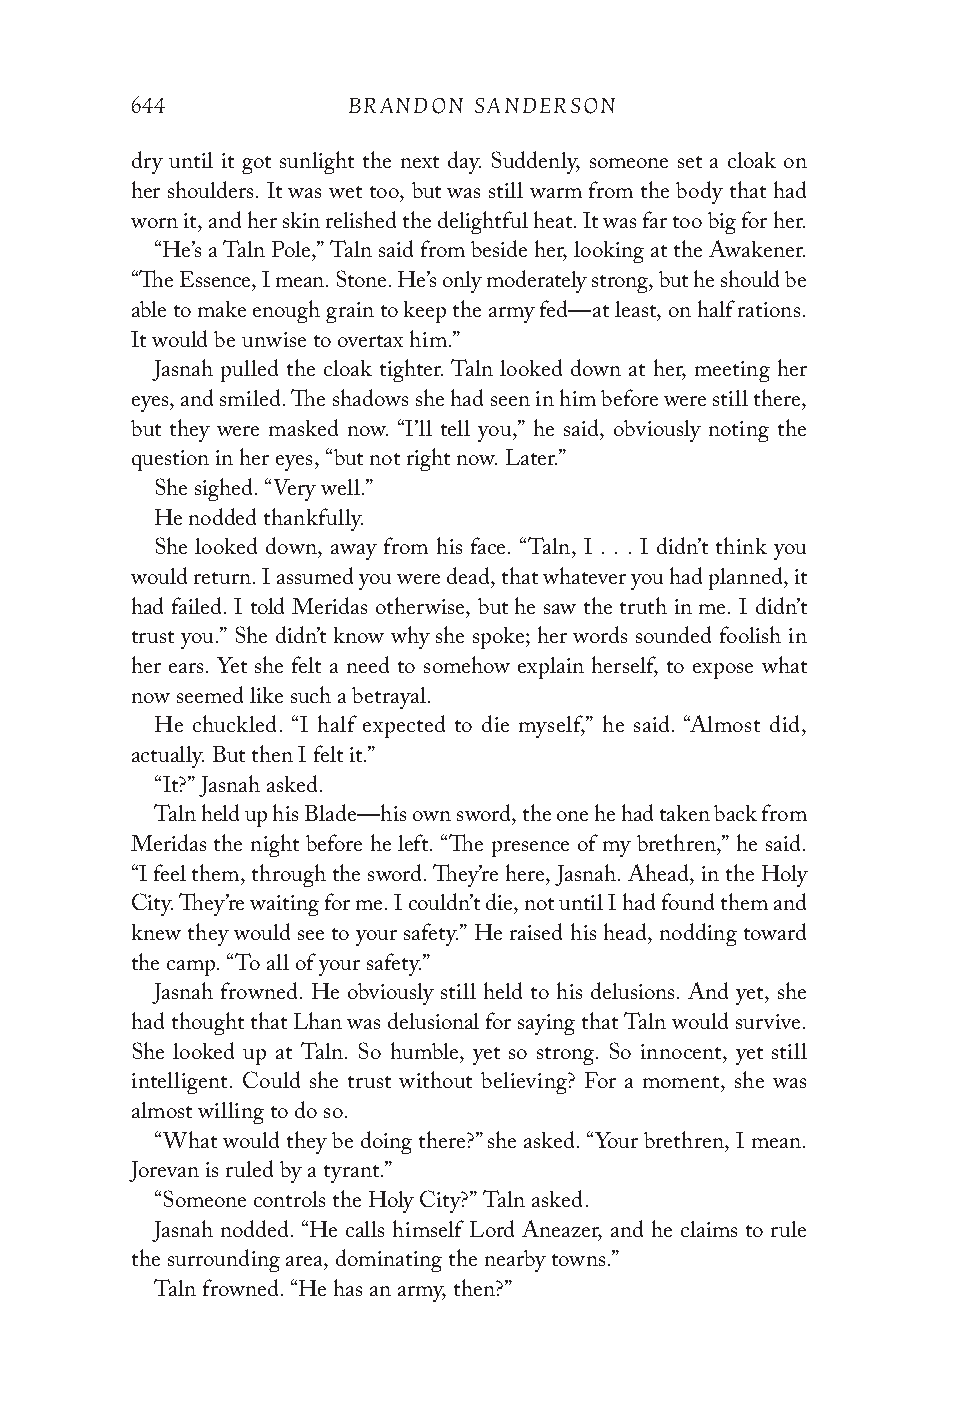
644           BRANDON SANDERSON
 dry until it got sunlight the next day. Suddenly, someone set a cloak on
 her shoulders. It was wet too, but was still warm from the body that had
 worn it, and her skin relished the delightful heat. It was far too big for her.
 “He’s a Taln Pole,” Taln said from beside her, looking at the Awakener.
 “The Essence, I mean. Stone. He’s only moderately strong, but he should be
 able to make enough grain to keep the army fed—at least, on half rations.
 It would be unwise to overtax him.”
 Jasnah pulled the cloak tighter. Taln looked down at her, meeting her
 eyes, and smiled. The shadows she had seen in him before were still there,
 but they were masked now. “I’ll tell you,” he said, obviously noting the
 question in her eyes, “but not right now. Later.”
 She sighed. “Very well.”
 He nodded thankfully.
 She looked down, away from his face. “Taln, I . . . I didn’t think you
 would return. I assumed you were dead, that whatever you had planned, it
 had failed. I told Meridas otherwise, but he saw the truth in me. I didn’t
 trust you.” She didn’t know why she spoke; her words sounded foolish in
 her ears. Yet she felt a need to somehow explain herself, to expose what
 now seemed like such a betrayal.
 He chuckled. “I half expected to die myself,” he said. “Almost did,
 actually. But then I felt it.”
 “It?” Jasnah asked.
 Taln held up his Blade—his own sword, the one he had taken back from
 Meridas the night before he left. “The presence of my brethren,” he said.
 “I feel them, through the sword. They’re here, Jasnah. Ahead, in the Holy
 City. They’re waiting for me. I couldn’t die, not until I had found them and
 knew they would see to your safety.” He raised his head, nodding toward
 the camp. “To all of your safety.”
 Jasnah frowned. He obviously still held to his delusions. And yet, she
 had thought that Lhan was delusional for saying that Taln would survive.
 She looked up at Taln. So humble, yet so strong. So innocent, yet still
 intelligent. Could she trust without believing? For a moment, she was
 almost willing to do so.
 “What would they be doing there?” she asked. “Your brethren, I mean.
 Jorevan is ruled by a tyrant.”
 “Someone controls the Holy City?” Taln asked.
 Jasnah nodded. “He calls himself Lord Aneazer, and he claims to rule
 the surrounding area, dominating the nearby towns.”
 Taln frowned. “He has an army, then?”